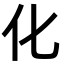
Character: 化